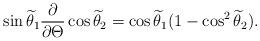
LaTeX: \begin{align*}\sin\widetilde\theta_1\frac{\partial}{\partial\Theta}\cos\widetilde\theta_2=\cos\widetilde\theta_1(1-\cos^2\widetilde\theta_2).\end{align*}